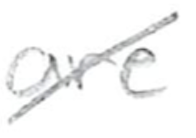
Text: are
Cross-out: diagonal
Writing tool: pencil